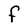
Character: F